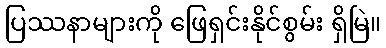
ပြဿနာများကို ဖြေရှင်းနိုင်စွမ်း ရှိမြဲ။